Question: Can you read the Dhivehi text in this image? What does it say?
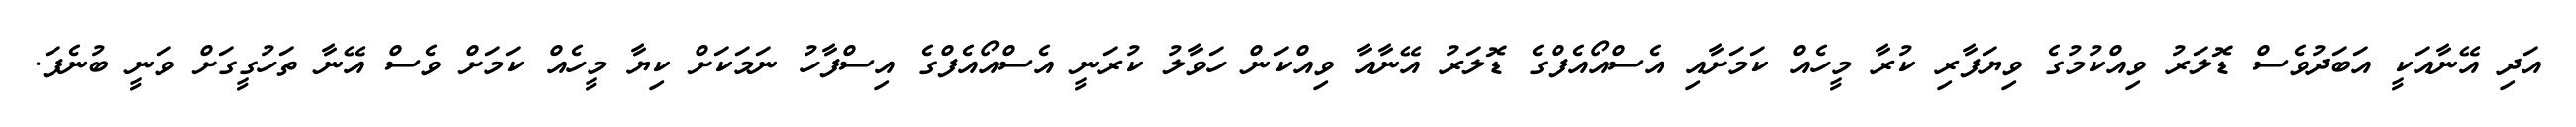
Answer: އަދި އޭނާއަކީ އަބަދުވެސް ޑޮލަރު ވިއްކުމުގެ ވިޔަފާރި ކުރާ މީހެއް ކަމަށާއި އެސްއޯއެފްގެ ޑޮލަރު އޭނާއާ ވިއްކަން ހަވާލު ކުރަނީ އެސްއޯއެފްގެ އިސްފާހު ނަމަކަށް ކިޔާ މީހެއް ކަމަށް ވެސް އޭނާ ތަހުގީގަށް ވަނީ ބުނެފަ.